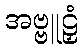
အဗ္ဗူဠှံ